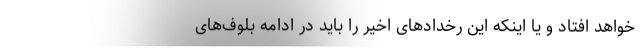
خواهد افتاد و یا اینکه این رخدادهای اخیر را باید در ادامه بلوف‌های